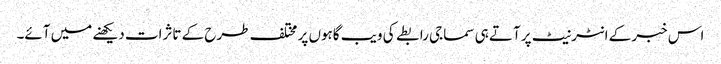
اس خبر کے انٹرنیٹ پر آتے ہی سماجی رابطے کی ویب گاہوں پر مختلف طرح کے تاثرات دیکھنے میں آئے۔